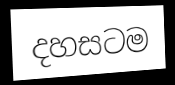
දහසටම